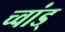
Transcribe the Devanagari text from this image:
च्वांड्